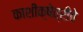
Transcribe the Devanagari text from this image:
काशीक्षेत्रीचे